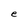
Character: e